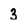
Character: 3